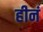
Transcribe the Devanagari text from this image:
हीनं